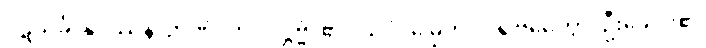
ပဋိသင်္ခါနုပဿနာဉာဏံ၊ ကို။ ဒဋ္ဌဗ္ဗံ၊ ၏။ သပ္ပံ၊ မြွေကို။ ပရိဗ္ဘမေတွာ၊ ဦးခေါင်း၏